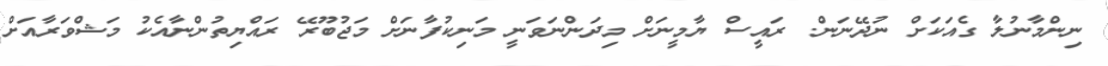
ނިންމާނުލާ ގެއަކަށް ނުދޭނަން. ރައީސް ޔާމީނަށް މިދަންނަވަނީ މަނިކުފާނަށް މަޖުބޫރޭ ރައްޔިތުންނާއެކު މަޝްވަރާއަށް